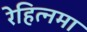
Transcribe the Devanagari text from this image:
रेहित्नमा